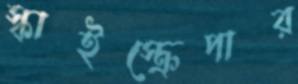
স্কাইস্ক্রেপার